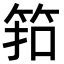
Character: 筘